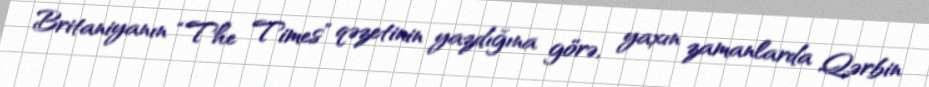
Britaniyanın “The Times” qəzetinin yazdığına görə, yaxın zamanlarda Qərbin